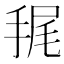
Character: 𢭶